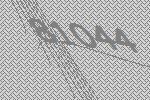
81044